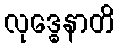
လုဒ္ဓေနာတိ